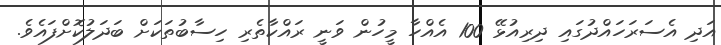
އަދި އެސަރަހައްދުގައި ދިރިއުޅޭ 100 އެއްހާ މީހުން ވަނީ ރައްކާތެރި ހިސާބުތަކަށް ބަދަލުކޮށްފައެވެ.